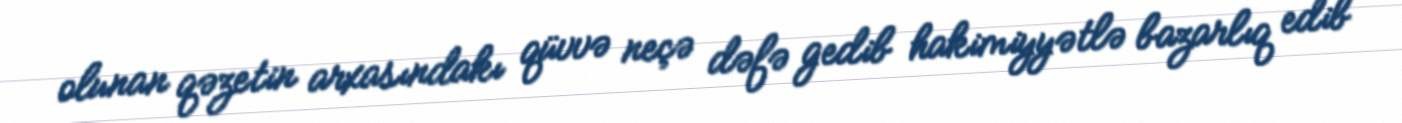
olunan qəzetin arxasındakı qüvvə neçə dəfə gedib hakimiyyətlə bazarlıq edib